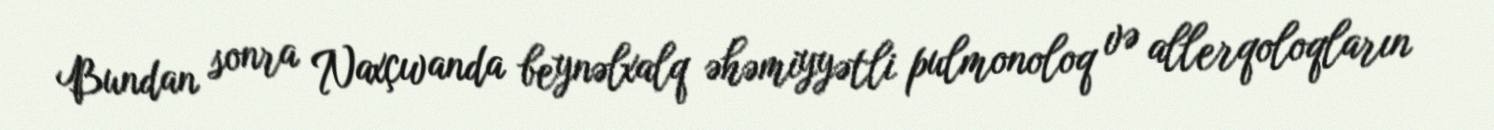
Bundan sonra Naxçıvanda beynəlxalq əhəmiyyətli pulmonoloq və allerqoloqların